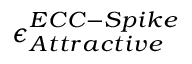
{ \epsilon } _ { A t t r a c t i v e } ^ { E C C - S p i k e }